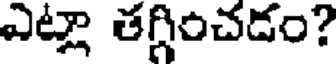
ఎట్లా తగ్గించడం?